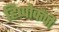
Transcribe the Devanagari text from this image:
हिप्पोकैंपी